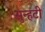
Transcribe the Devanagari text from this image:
सुन्हटी